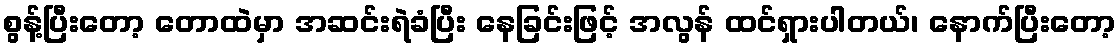
စွန့်ပြီးတော့ တောထဲမှာ အဆင်းရဲခံပြီး နေခြင်းဖြင့် အလွန် ထင်ရှားပါတယ်၊ နောက်ပြီးတော့